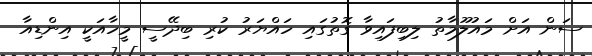
ސަން އަށް މައުލޫމާތު ލިބިފައިވާ ގޮތުގައި ހައްޔަރު ކުރި ބިދޭސީ މީހާއަކީ އިންޑިއާ